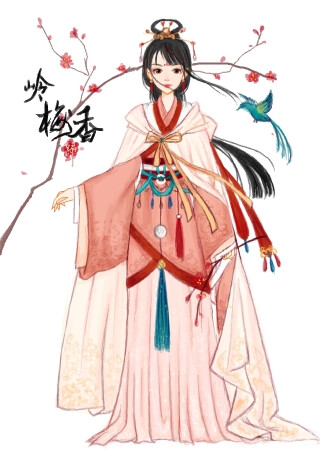
万里归来颜愈少，微笑，笑时犹带岭梅香。